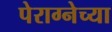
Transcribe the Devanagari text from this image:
पेराग्नेच्या